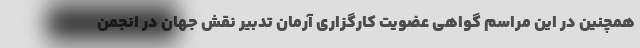
همچنین در این مراسم گواهی عضویت کارگزاری آرمان تدبیر نقش جهان در انجمن